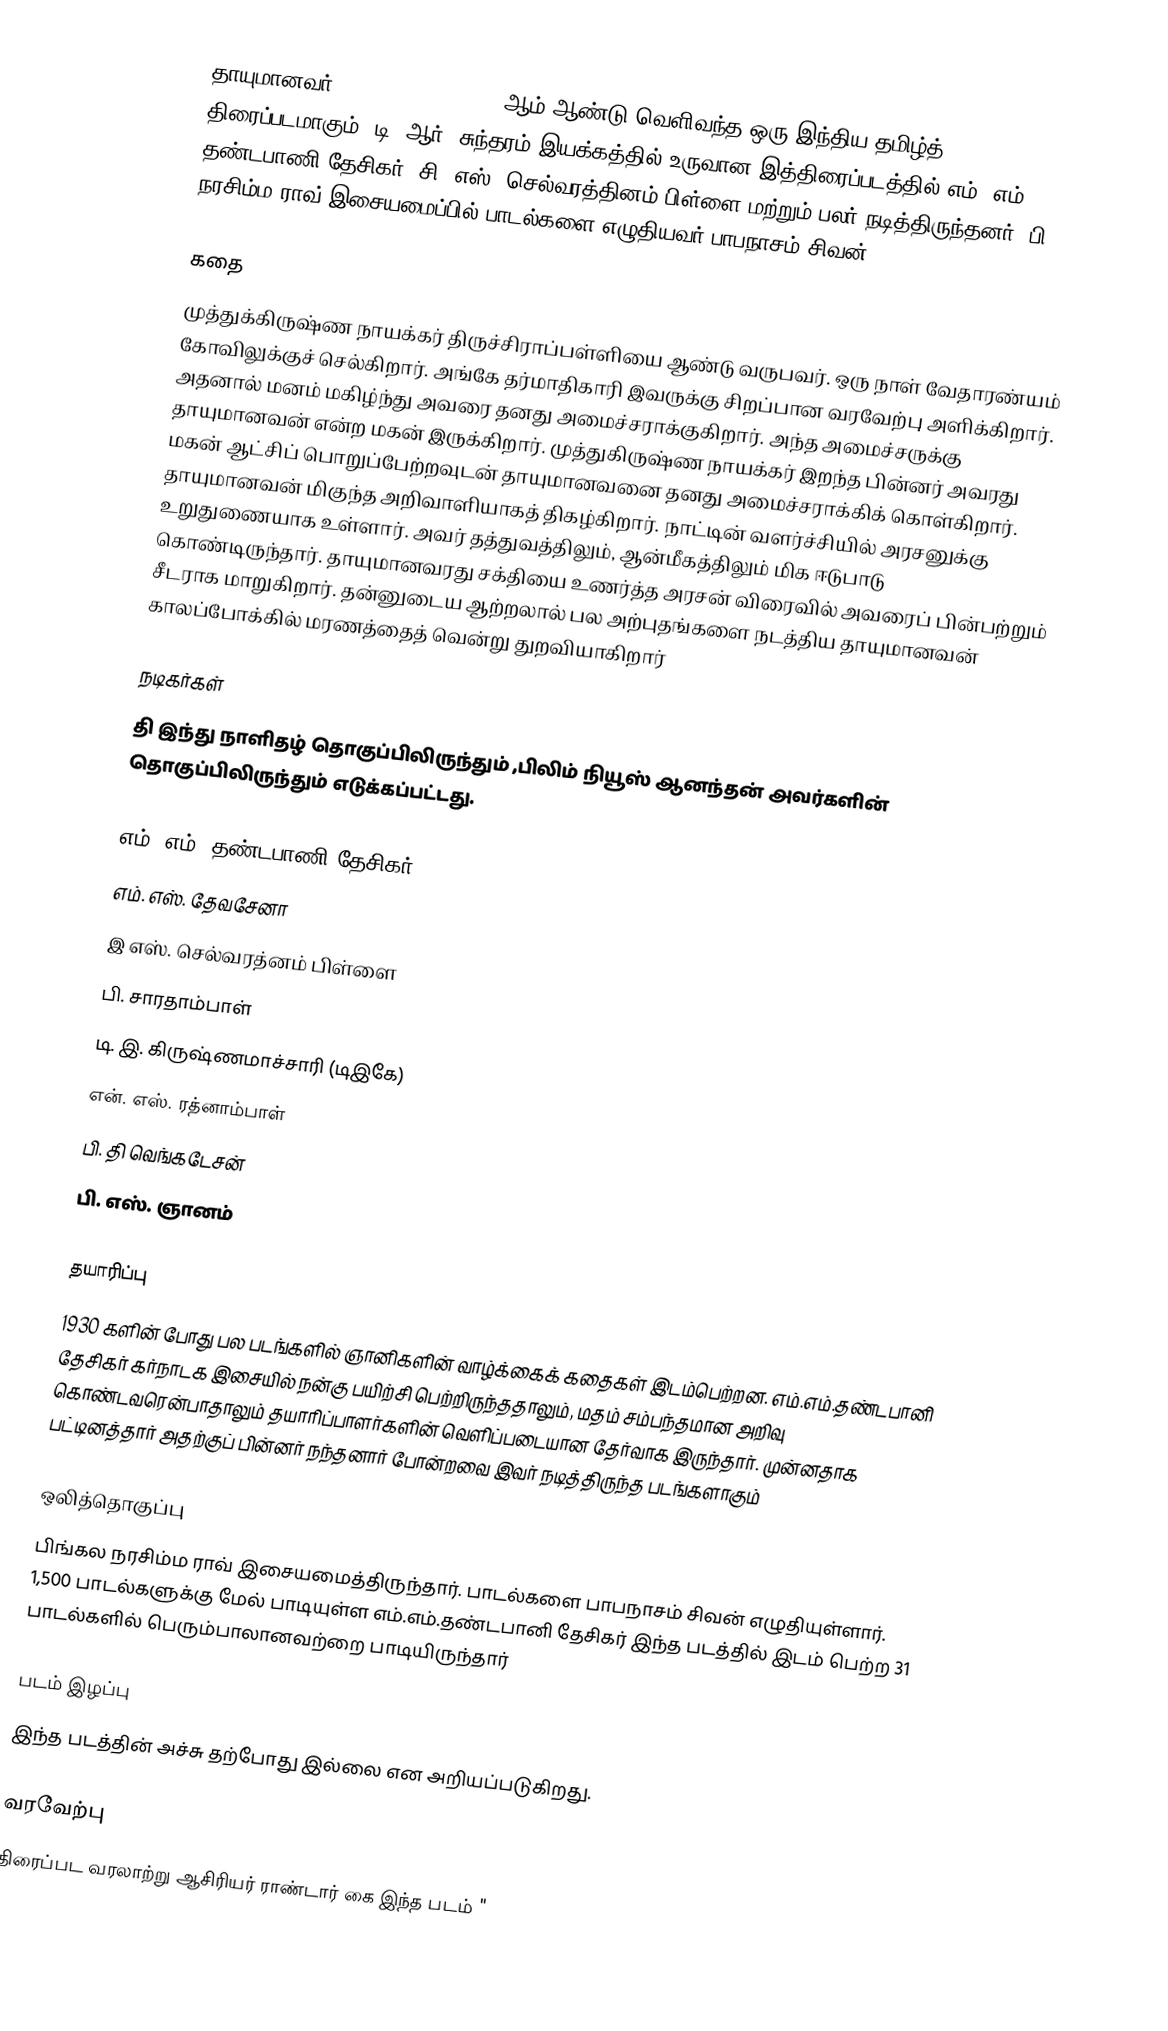
தாயுமானவர் (Thayumanavar) 1938 ஆம் ஆண்டு வெளிவந்த ஒரு இந்திய தமிழ்த் திரைப்படமாகும். டி. ஆர். சுந்தரம் இயக்கத்தில் உருவான இத்திரைப்படத்தில் எம். எம். தண்டபாணி தேசிகர், சி. எஸ். செல்வரத்தினம் பிள்ளை மற்றும் பலர் நடித்திருந்தனர். பி. நரசிம்ம ராவ் இசையமைப்பில் பாடல்களை எழுதியவர் பாபநாசம் சிவன்.

கதை
முத்துக்கிருஷ்ண நாயக்கர் திருச்சிராப்பள்ளியை ஆண்டு வருபவர். ஒரு நாள் வேதாரண்யம் கோவிலுக்குச் செல்கிறார். அங்கே தர்மாதிகாரி இவருக்கு சிறப்பான வரவேற்பு அளிக்கிறார். அதனால் மனம் மகிழ்ந்து அவரை தனது அமைச்சராக்குகிறார். அந்த அமைச்சருக்கு தாயுமானவன் என்ற மகன் இருக்கிறார். முத்துகிருஷ்ண நாயக்கர் இறந்த பின்னர் அவரது மகன் ஆட்சிப் பொறுப்பேற்றவுடன் தாயுமானவனை தனது அமைச்சராக்கிக் கொள்கிறார். தாயுமானவன் மிகுந்த அறிவாளியாகத் திகழ்கிறார். நாட்டின் வளர்ச்சியில் அரசனுக்கு உறுதுணையாக உள்ளார். அவர் தத்துவத்திலும், ஆன்மீகத்திலும் மிக ஈடுபாடு கொண்டிருந்தார். தாயுமானவரது சக்தியை உணர்த்த அரசன் விரைவில் அவரைப் பின்பற்றும் சீடராக மாறுகிறார். தன்னுடைய ஆற்றலால் பல அற்புதங்களை நடத்திய தாயுமானவன் காலப்போக்கில் மரணத்தைத் வென்று துறவியாகிறார்

நடிகர்கள்
தி இந்து நாளிதழ் தொகுப்பிலிருந்தும் ,பிலிம் நியூஸ் ஆனந்தன் அவர்களின் தொகுப்பிலிருந்தும் எடுக்கப்பட்டது.

எம். எம். தண்டபாணி தேசிகர்
 எம். எஸ். தேவசேனா
 இ எஸ். செல்வரத்னம் பிள்ளை
 பி. சாரதாம்பாள்
 டி. இ. கிருஷ்ணமாச்சாரி (டிஇகே)
 என். எஸ். ரத்னாம்பாள்
 பி. தி வெங்கடேசன்
 பி. எஸ். ஞானம்

தயாரிப்பு
1930 களின் போது பல படங்களில் ஞானிகளின் வாழ்க்கைக் கதைகள் இடம்பெற்றன. எம்.எம்.தண்டபானி தேசிகர் கர்நாடக இசையில் நன்கு பயிற்சி பெற்றிருந்ததாலும், மதம் சம்பந்தமான அறிவு கொண்டவரென்பாதாலும் தயாரிப்பாளர்களின் வெளிப்படையான தேர்வாக இருந்தார். முன்னதாக பட்டினத்தார் அதற்குப் பின்னர் நந்தனார்  போன்றவை இவர் நடித்திருந்த படங்களாகும்

ஒலித்தொகுப்பு
பிங்கல நரசிம்ம ராவ் இசையமைத்திருந்தார். பாடல்களை பாபநாசம் சிவன் எழுதியுள்ளார்.  1,500 பாடல்களுக்கு மேல் பாடியுள்ள எம்.எம்.தண்டபானி தேசிகர் இந்த படத்தில் இடம் பெற்ற 31 பாடல்களில் பெரும்பாலானவற்றை பாடியிருந்தார்

படம் இழப்பு
இந்த படத்தின் அச்சு தற்போது இல்லை என அறியப்படுகிறது.

வரவேற்பு
திரைப்பட வரலாற்று ஆசிரியர் ராண்டார் கை  இந்த படம் "